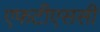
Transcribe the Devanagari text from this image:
एफटीएससी